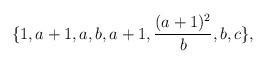
LaTeX: \begin{align*}\{ 1, a + 1, a, b, a + 1, \frac{(a + 1)^2}{b},b,c \} ,\end{align*}